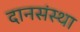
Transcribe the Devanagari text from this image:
दानसंस्था